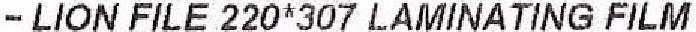
- LION FILE 220*307 LAMINATING FILM